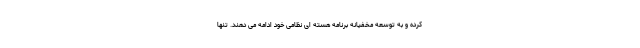
کرده و به توسعه مخفیانه برنامه هسته ای نظامی خود ادامه می دهند. تنها